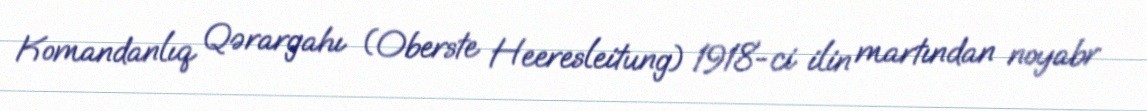
Komandanlıq Qərargahı (Oberste Heeresleitung) 1918-ci ilin martından noyabr